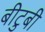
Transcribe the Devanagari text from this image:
बीटुबी